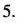
5.